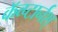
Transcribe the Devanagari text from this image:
कॅव्प्टार्नश्